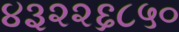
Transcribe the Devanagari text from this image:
४३२२६८५०